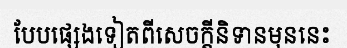
បែបផ្សេងទៀតពីសេចក្តីនិទានមុននេះ